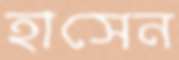
হাসেন